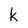
Character: k